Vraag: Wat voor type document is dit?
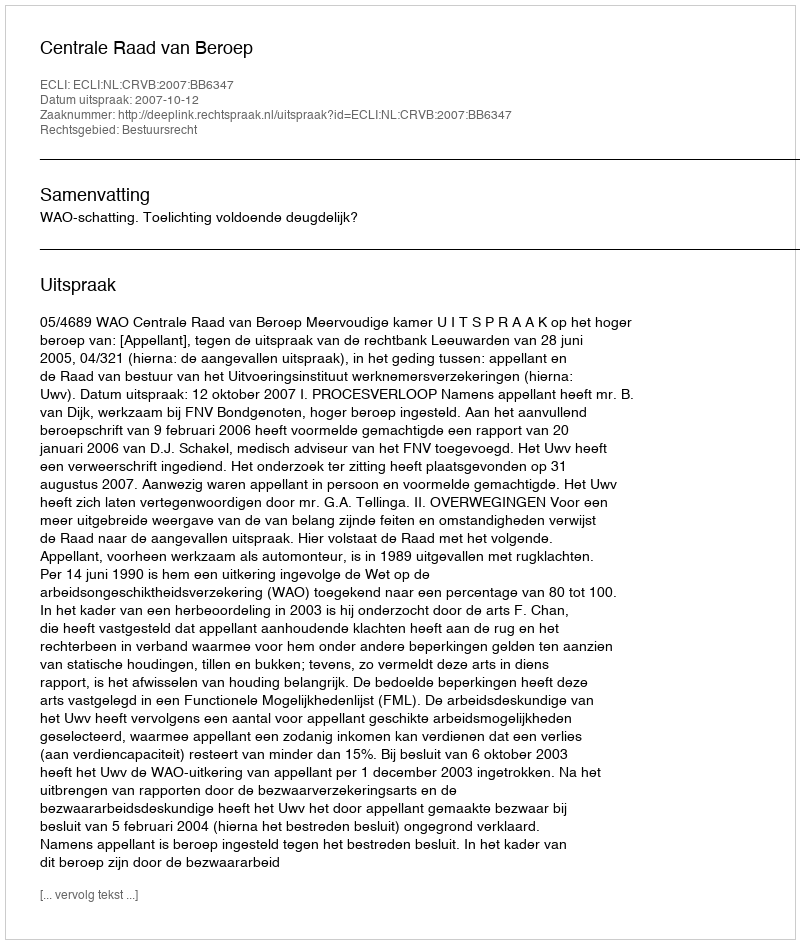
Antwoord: Uitspraak